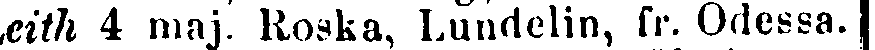
eith 4 maj. Roska, Lundelin, fr. Odessa.